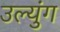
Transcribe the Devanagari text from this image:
उल्युंग